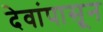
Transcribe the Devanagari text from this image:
देवांपासून